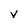
Character: V